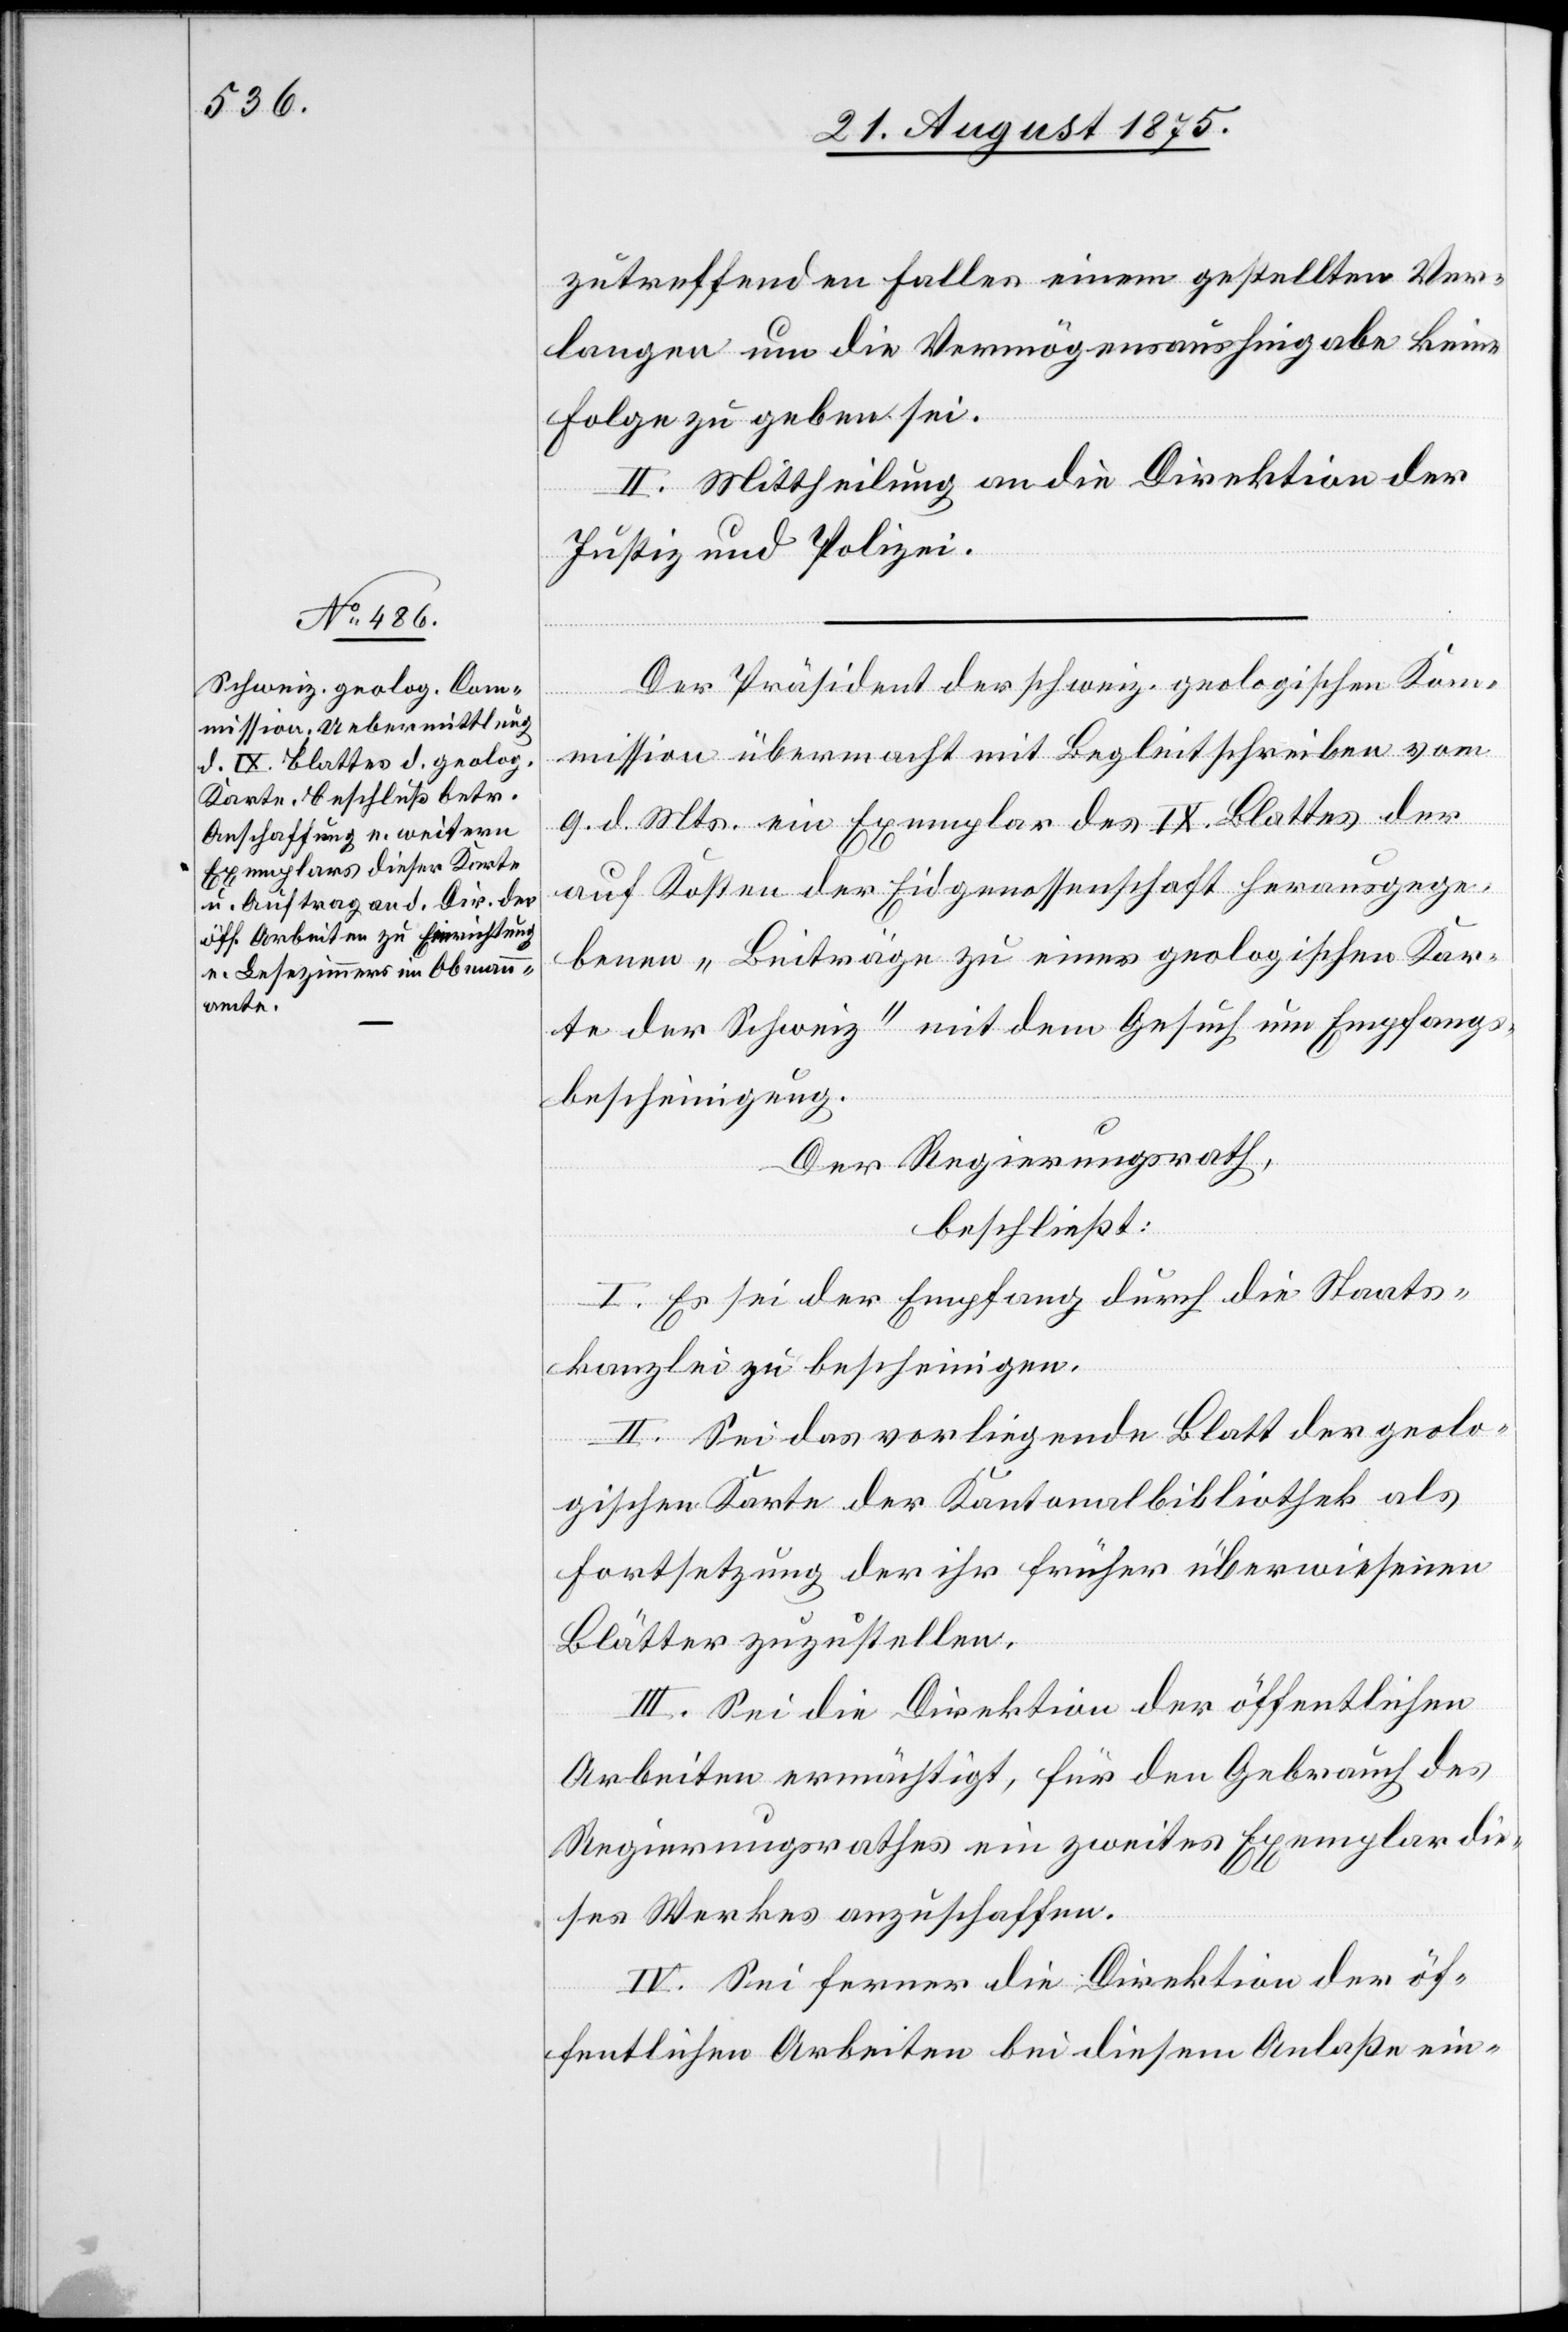
zutreffenden Falles einem gestellten Ver¬
langen um die Vermögensaushingabe keine
Folge zu geben sei.
II. Mittheilung an die Direktion der
Justiz und Polizei.
Der Präsident der schweiz. geologischen Kom¬
mission übermacht mit Begleitschreiben vom
9. d. Mts. ein Exemplar des IX. Blattes der
auf Kosten der Eidgenossenschaft herausgege¬
benen „Beiträge zu einer geologischen Kar¬
te der Schweiz“ mit dem Gesuch um Empfangs¬
bescheinigung.
Der Regierungsrath,
beschließt:
I. Es sei der Empfang durch die Staats¬
kanzlei zu bescheinigen.
II. Sei das vorliegende Blatt der geolo¬
gischen Karte der Kantonalbibliothek als
Fortsetzung der ihr früher überwiesenen
Blätter zuzustellen.
III. Sie die Direktion der öffentlichen
Arbeiten ermächtigt, für den Gebrauch des
Regierungsrathes ein zweites Exemplar die¬
ses Werkes anzuschaffen.
IV. Sei ferner die Direktion der öf¬
fentlichen Arbeiten bei diesem Anlaße ein-